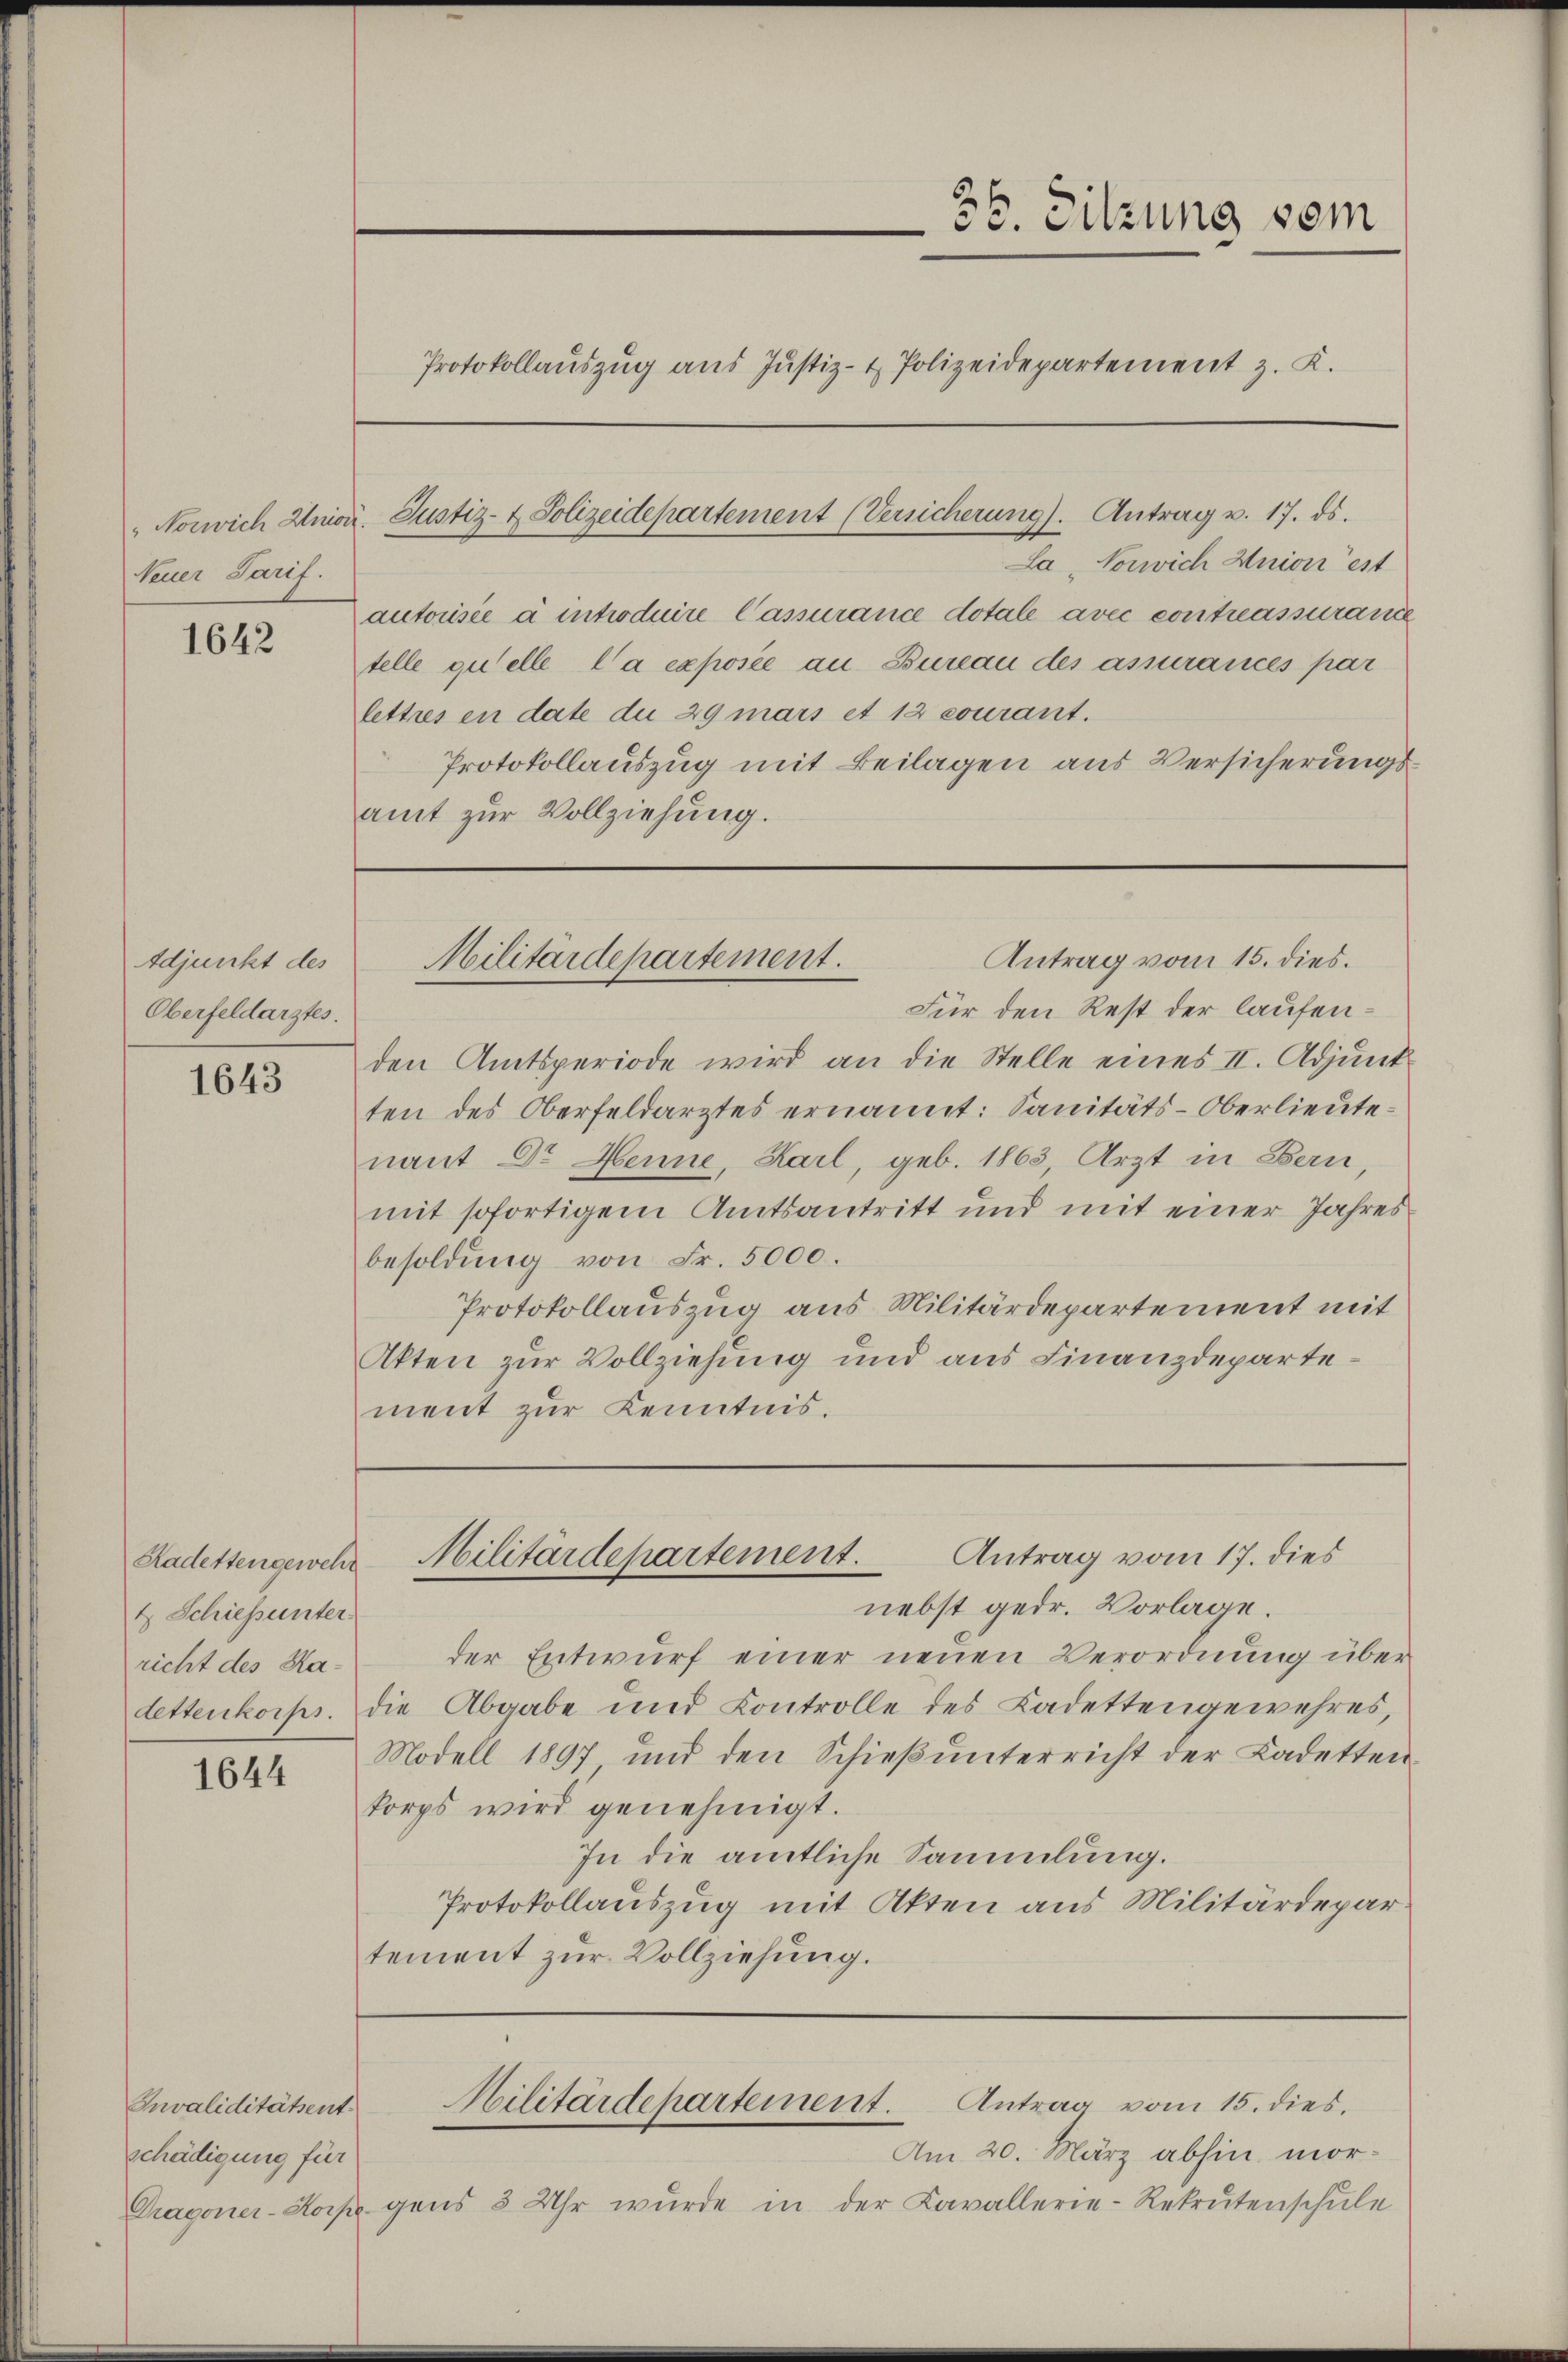
Neuer Tarif.

1642

Adjunkt des
Oberfeldarztes.

1643

4 Schiessunter
richt des Ka¬

1644

Invaliditätsent
schädigung für

36. Sitzung vom
Protokollaŭszŭg aŭs Justiz- & Polizeidepartement z. K.

Nonrich Anor. Justiz- & Polizeidepartement (Versicherung). Antrag v. 17. ds.

La, Vorsich Union est
autorisée à introduire Cassurance dotale avec contrassurance
telle quelle l’a exposée an Bureau des assurances par
lettres en date du 29 mars et 12 courant.
Protokollauszug mit Beilagen aus Versicherungsamt zur Vollziehung.

Antrag vom 15. dies.
Militärdepartement.

Für den Rest der laufenden Amtsperiode wird an die Stelle eines II. Adjunk
ten des Oberfeldarztes ernannt: Sanitäts-Oberlieutenant Dr. Henne, Karl, geb. 1863, Arzt in Bern
mit sofortigem Amtsantritt und mit einer Jahres
besoldung von Fr. 5000.
Protokollauszug aus Militärdepartement mit
Akten zur Vollziehung und aus Finanzdepartement zur Kenntnis.

nebst gedr. Vorlage.
der Entwurf einer neuen Verordnung über
dettenkorps. Die Abgabe und Controlle des Ladettengewehres,
Modell 1897 und den Schieß unterricht der Ladetten
korps wird genehmigt.
In die amtliche Sammlung.
Protokollauszug mit Akten aus Militärdepar
tement zŭr Vollziehung.

Antrag vom 17. dies
Radettengewehr Militärdepartement.

Am 20. März abhin mor¬
Dragoner-Horp gens 3 Uhr wurde in der Cavallerie-Rekrutenschŭle

Militärdepartement. Antrag vom 15. dies